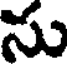
సు